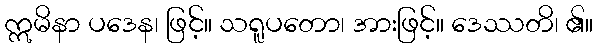
ဣမိနာ ပဒေန၊ ဖြင့်။ သရူပတော၊ အားဖြင့်။ ဒေဿတိ၊ ၏။